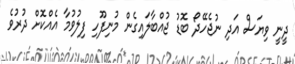
ދީނީ ވިޔަސް އަދި ނުޖެހޭދޯ ބޮޑު ޖުއްބާލައިގެން މުނިފޫހި ފިލުވުމާ އެއްކޮށް ދުރުވެ